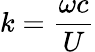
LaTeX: k=\frac{\omega c}{U}